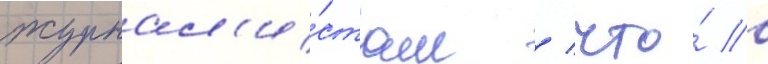
журнал'и́стам / что́ в